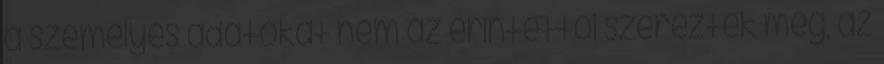
a személyes adatokat nem az érintettől szerezték meg, az